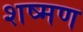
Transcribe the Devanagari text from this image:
शष्मण